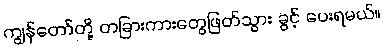
ကျွန်တော်တို့ တခြားကားတွေဖြတ်သွား ခွင့် ပေးရမယ်။